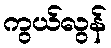
ကွယ်လွန်